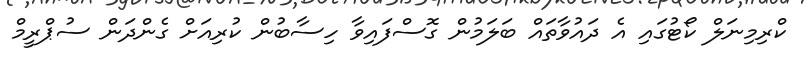
ކްރިމިނަލް ކޯޓުގައި އެ ދައުވާތައް ބަލަމުން ގޮސްފައިވާ ހިސާބުން ކުރިއަށް ގެންދަން ސުޕްރީމް